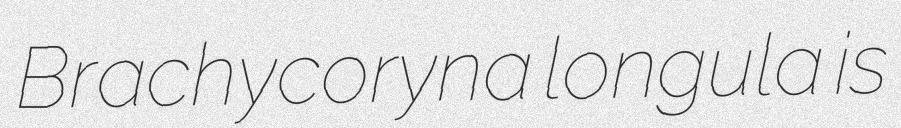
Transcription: Brachycoryna longula is